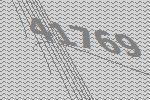
41769